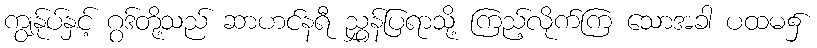
ကျွန်ုပ်နှင့် ဂွဒ်တို့သည် ဆာဟင်နရီ ညွှန်ပြရာသို့ ကြည့်လိုက်ကြ သောအခါ ပထမ၌